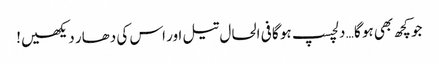
جو کچھ بھی ہو گا … دلچسپ ہو گا فی الحال تیل اور اس کی دھار دیکھیں!